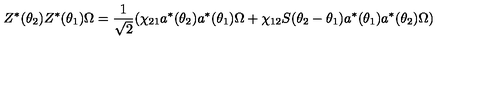
Z ^ { \ast } ( \theta _ { 2 } ) Z ^ { \ast } ( \theta _ { 1 } ) \Omega = \frac { 1 } { \sqrt { 2 } } ( \chi _ { 2 1 } a ^ { \ast } ( \theta _ { 2 } ) a ^ { \ast } ( \theta _ { 1 } ) \Omega + \chi _ { 1 2 } S ( \theta _ { 2 } - \theta _ { 1 } ) a ^ { \ast } ( \theta _ { 1 } ) a ^ { \ast } ( \theta _ { 2 } ) \Omega )